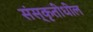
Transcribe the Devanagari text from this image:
संस्कृतीधील